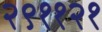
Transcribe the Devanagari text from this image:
२९११२१